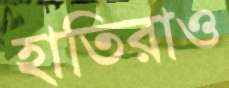
হাতিরাও